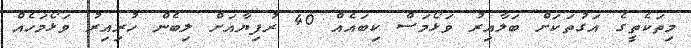
މިތަކެތީގެ އަގުތަކަށް ބަލާއިރު ވަޅޯމަސް ކިބައެއް 40 ރުފިޔާއަށް ލިބެން ހުރިއިރު ވަޅޯމަހެއް